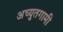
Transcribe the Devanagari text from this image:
अच्युतगामी